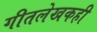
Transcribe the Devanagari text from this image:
गीतलेखकही